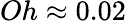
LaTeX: {Oh\approx 0.02}